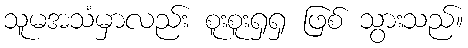
သူမအသံမှာလည်း စူးစူးရှရှ ဖြစ် သွားသည်။